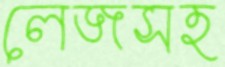
লেজসহ